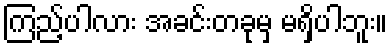
ကြည့်ပါလား အခင်းတခုမှ မရှိပါဘူး။